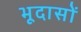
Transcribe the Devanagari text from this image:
भूदासों